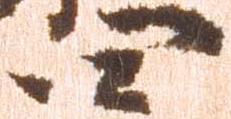
四